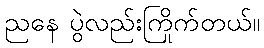
ညနေ ပွဲလည်းကြိုက်တယ်။